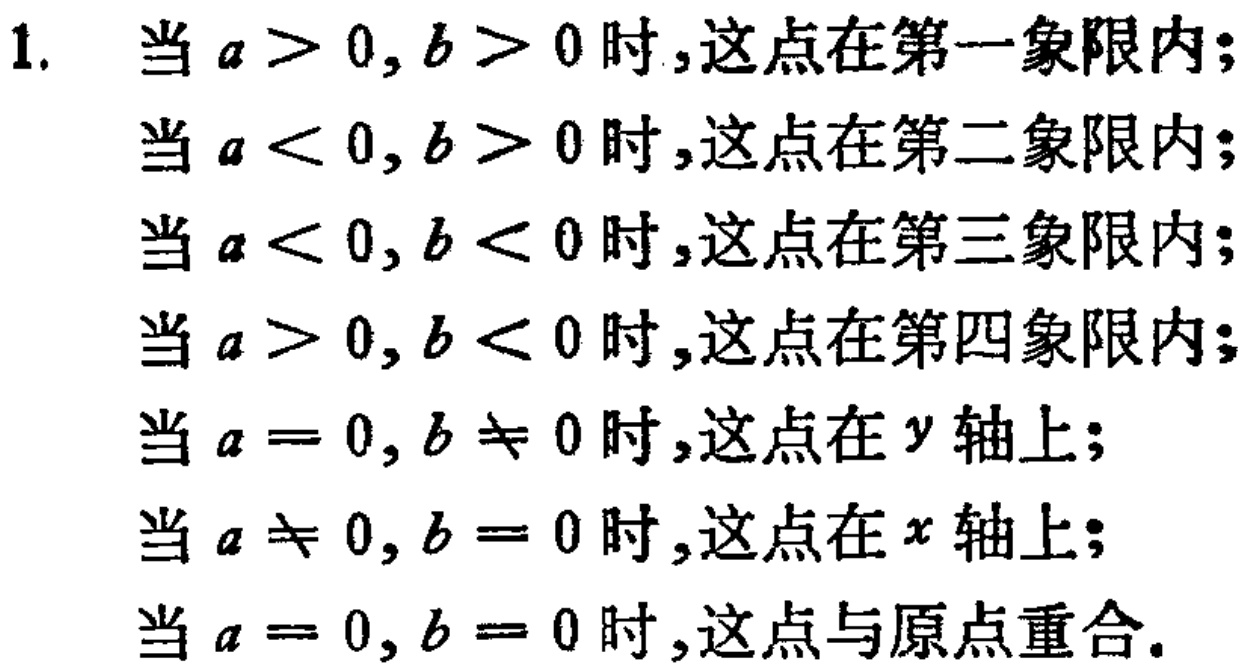
1. 当 \(a > 0, b > 0\) 时，这点在第一象限内；
当 \(a < 0, b > 0\) 时，这点在第二象限内；
当 \(a < 0, b < 0\) 时，这点在第三象限内；
当 \(a > 0, b < 0\) 时，这点在第四象限内；
当 \(a = 0, b \neq 0\) 时，这点在 \(y\) 轴上；
当 \(a \neq 0, b = 0\) 时，这点在 \(x\) 轴上；
当 \(a = 0, b = 0\) 时，这点与原点重合.